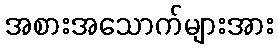
အစားအသောက်များအား